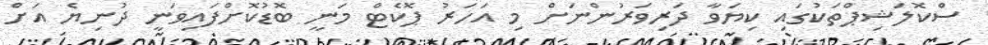
ސްކޮލަޝިޕްތަކުގައި ކިޔަވާ ދަރިވަރުންނަށް މި އަހަރު ޕޮކެޓް މަނީ ބޮޑުކޮށްފައިވަނީ ދުނިޔެ އަށް